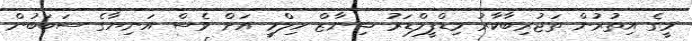
މީގެ އިތުރުން ތަޖުރިބާކާރު މިޑްފީލްޑަރު ޝިނާޒް ހިލްމީ އަށް ވެސް އަނިޔާގެ ސަބަބުން